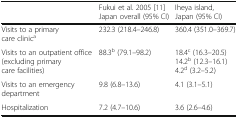
<table><thead><tr><td></td><td><b>Fukui et al. 2005 [11] Japan overall (95% CI)</b></td><td><b>Iheya island, Japan (95% CI)</b></td></tr></thead><tbody><tr><td>Visits to a primary care clinic<sup>a</sup></td><td>232.3 (218.4–246.8)</td><td>360.4 (351.0–369.7)</td></tr><tr><td>Visits to an outpatient office (excluding primary care facilities)</td><td>88.3<sup>b</sup> (79.1–98.2)</td><td>18.4<sup>c</sup> (16.3–20.5)14.2<sup>b</sup> (12.3–16.1)4.2<sup>d</sup> (3.2–5.2)</td></tr><tr><td>Visits to an emergency department</td><td>9.8 (6.8–13.6)</td><td>4.1 (3.1–5.1)</td></tr><tr><td>Hospitalization</td><td>7.2 (4.7–10.6)</td><td>3.6 (2.6–4.6)</td></tr></tbody></table>